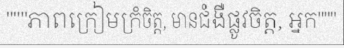
"""ភាពក្រៀមក្រំចិត្ត, មានជំងឺផ្លូវចិត្ត, អ្នក"""